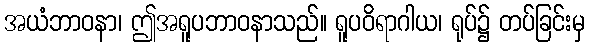
အယံဘာဝနာ၊ ဤအရူပဘာဝနာသည်။ ရူပဝိရာဂါယ၊ ရုပ်၌ တပ်ခြင်းမှ